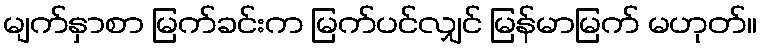
မျက်နှာစာ မြက်ခင်းက မြက်ပင်လျှင် မြန်မာမြက် မဟုတ်။